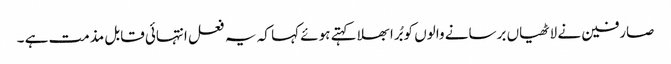
صارفین نے لاٹھیاں برسانے والوں کو بُرا بھلا کہتے ہوئے کہا کہ یہ فعل انتہائی قابل مذمت ہے ۔